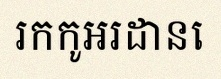
រកកូអរដោនេ